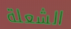
الشعلة